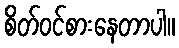
စိတ်ဝင်စားနေတာပါ။